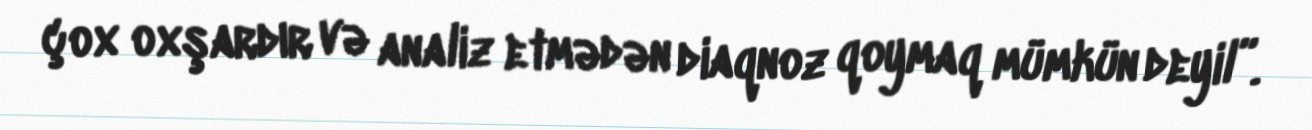
çox oxşardır və analiz etmədən diaqnoz qoymaq mümkün deyil”.